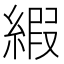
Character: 縀